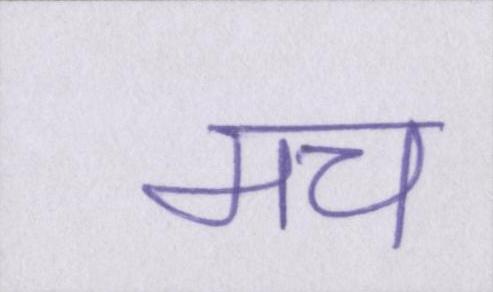
मच